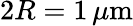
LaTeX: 2R=1\, \mu\mathrm{m}